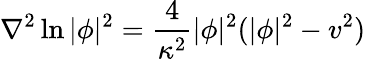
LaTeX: \nabla^{2}\ln|\phi|^{2}=\frac{4}{\kappa^{2}}|\phi|^{2}(|\phi|^{2}-v^{2})